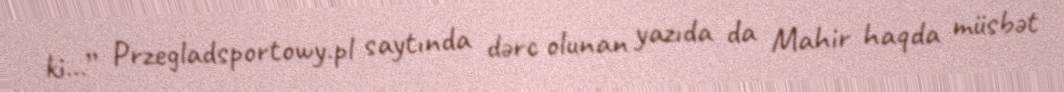
ki...” Przegladsportowy.pl saytında dərc olunan yazıda da Mahir haqda müsbət